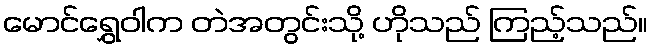
မောင်ရွှေဝါက တဲအတွင်းသို့ ဟိုသည် ကြည့်သည်။